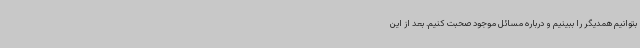
بتوانیم همدیگر را ببینیم و درباره مسائل موجود صحبت کنیم. بعد از این